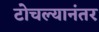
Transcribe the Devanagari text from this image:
टोचल्यानंतर